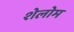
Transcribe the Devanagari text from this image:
शेलोम